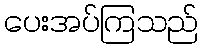
ပေးအပ်ကြသည်